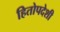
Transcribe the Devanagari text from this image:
हितोपदेशी